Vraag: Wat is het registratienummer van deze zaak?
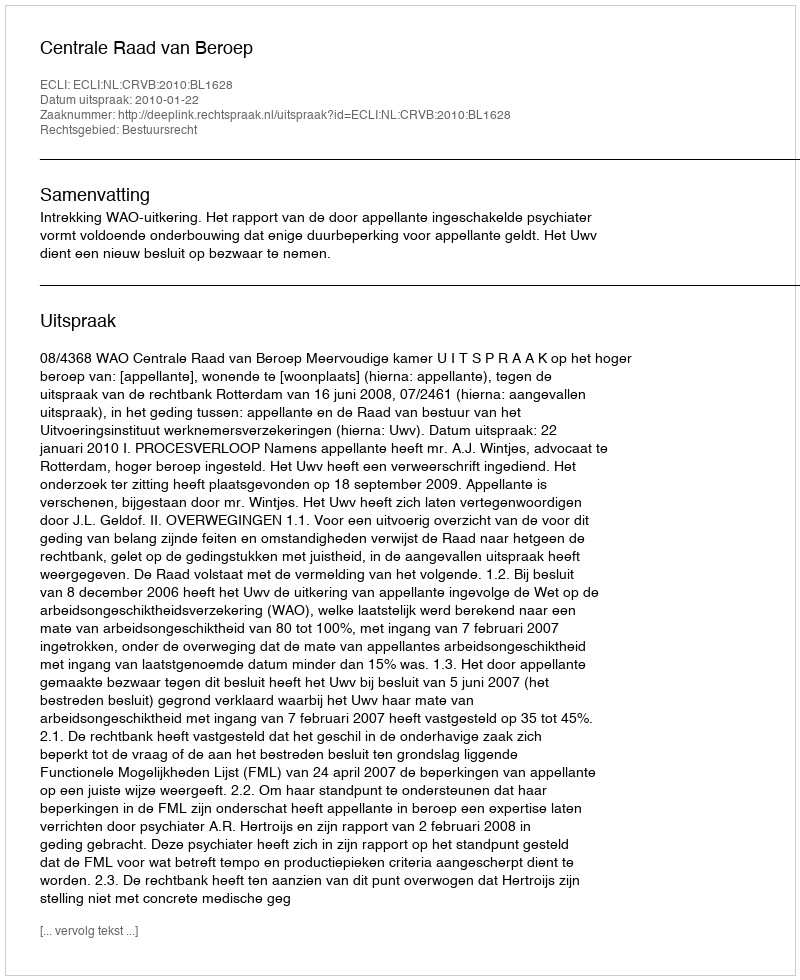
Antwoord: http://deeplink.rechtspraak.nl/uitspraak?id=ECLI:NL:CRVB:2010:BL1628